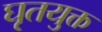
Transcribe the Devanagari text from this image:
घृतयुक्त